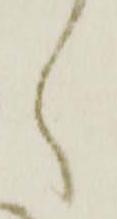
く